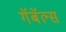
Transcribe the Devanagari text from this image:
गॅबॅल्स